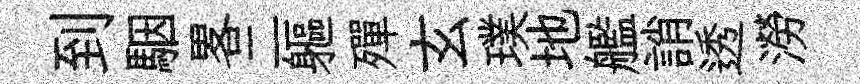
到駰畧二軀殫玄璞地艦誚透澇